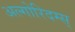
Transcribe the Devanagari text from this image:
अल्गोरिदम्स्